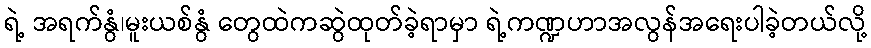
ရဲ့ အရက်နွံ၊မူးယစ်နွံ တွေထဲကဆွဲထုတ်ခဲ့ရာမှာ ရဲ့ကဏ္ဍဟာအလွန်အရေးပါခဲ့တယ်လို့